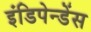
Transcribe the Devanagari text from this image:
इंडिपेन्डेंस